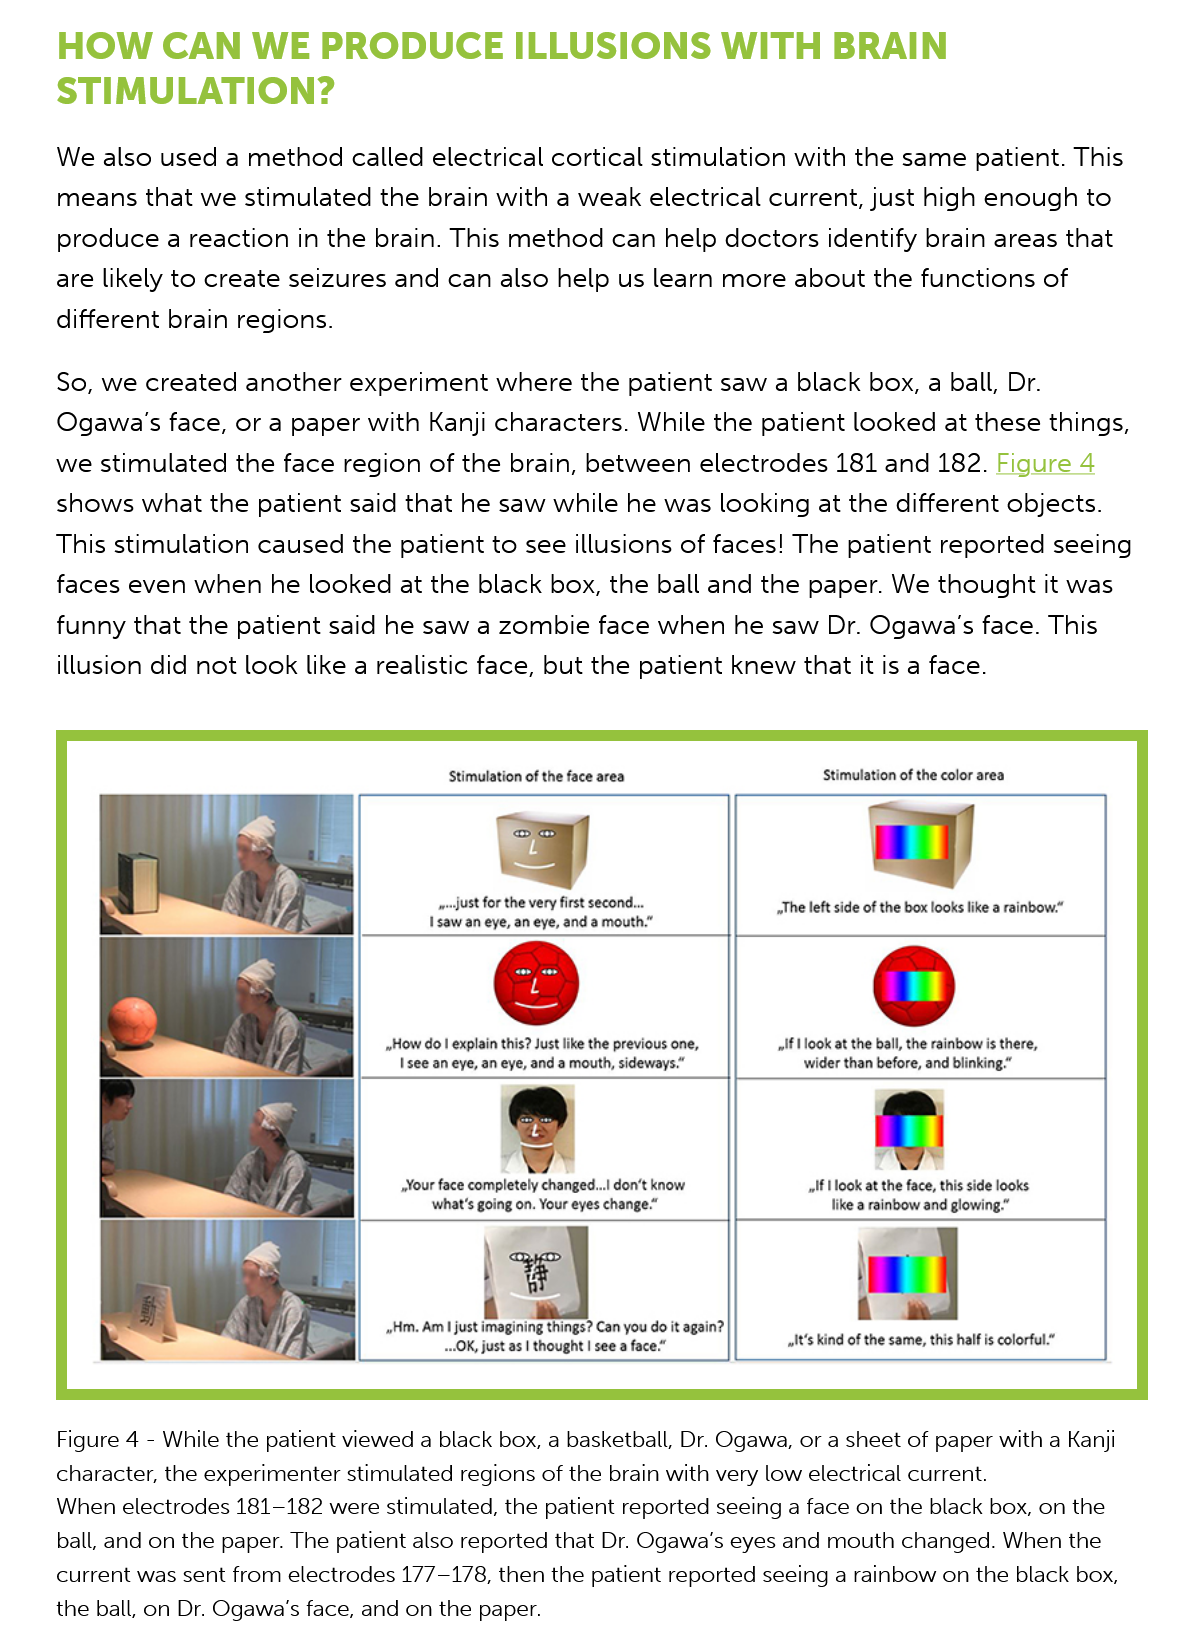
HOW    CAN    WE    PRODUCE    ILLUSIONS    WITH    BRAIN
     STIMULATION?
     We also  used a method called  electrical cortical stimulation with the same patient. This
     means that  we stimulated the brain with a weak electrical current, just high enough to
     produce a  reaction in the brain. This method can help doctors identify brain areas that
     are likely to create seizures and can also help us learn more about the functions of
     different brain regions.
     So, we created another  experiment  where  the patient saw a black box, a ball, Dr.
     Ogawa’s  face, or a paper with Kanji characters. While the patient looked at these things,
     we  stimulated the face region of the brain, between electrodes 181 and 182. Figure 4
     shows  what the  patient said that he saw while he was looking at the different objects.
     This stimulation caused the patient to see illusions of faces! The patient reported seeing
     faces even when he   looked at the black box, the ball and the paper. We thought it was
     funny that the patient said he saw a zombie face when  he saw  Dr. Ogawa’s face. This
     illusion did not look like a realistic face, but the patient knew that it is a face.
     Figure 4
     -
     While the patient viewed a black box, a basketball, Dr. Ogawa, or a sheet of paper with a Kanji
     character, the experimenter stimulated regions of the brain with very low electrical current.
     When electrodes 181-182 were stimulated, the patient reported seeing a face on the black box, on the
     ball, and on the paper. The patient also reported that Dr. Ogawa’s eyes and mouth changed. When the
     current was sent from electrodes 177-178, then the patient reported seeing a rainbow on the black box,
     the ball, on Dr. Ogawa’'s face, and on the paper.
     Stimulation of the face area

     I saw an eye, an eye, and a mouth.”
     The left side of the box looks like a rainbow.”
     Stimulation of the color area
     nlf 1look at the ball, the rainbow is there,
     wider than before, and blinking.”

     like a rainbow and glowing,
     »How do | explain this? Just like the previous one,
     Ise an eye, an eye, and a mouth, sideways.”
     »Your face completely changed...| don’t know
     what's going on. Your eyes change.”

     ig
     things? Can you do it again?
     I thought | see
     a
     face.”
     Hm, Am I just
     OK, just

     ult’s kind of the same, this half is colorful.”
     —